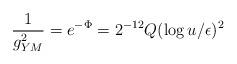
LaTeX: \begin{align*}{1\over g_{YM}^2}= e^{-\Phi}= 2^{-12}Q(\log{u/\epsilon})^2\end{align*}